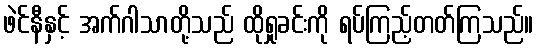
ဖဲင်နီနှင့် အက်ဂါသာတို့သည် ထိုရှုခင်းကို ရပ်ကြည့်တတ်ကြသည်။